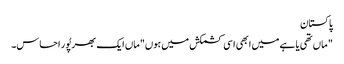
پاکستان
" ماں تھی یا ہے میں ابھی اسی کشمکش میں ہوں"ماں ایک بھرپُور احساس۔